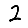
Digit: 2